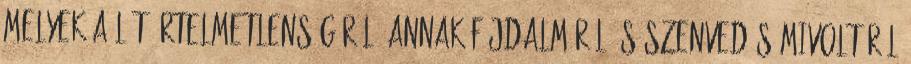
melyek a lét értelmetlenségéről, annak fájdalmáról és szenvedés mivoltáról